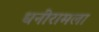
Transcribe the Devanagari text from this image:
धनीरामला